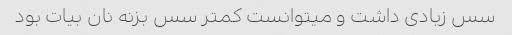
سس زیادی داشت و میتوانست کمتر سس بزنه نان بیات بود